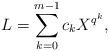
LaTeX: \begin{align*}L=\sum_{k=0}^{m-1}c_kX^{q^k}, \end{align*}